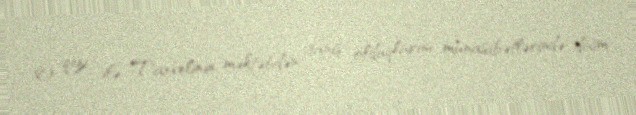
O, qızı ilə Taxvelinin məktəbdən tanış olduqlarını, münasibətlərində daim